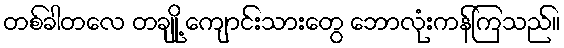
တစ်ခါတလေ တချို့ ကျောင်းသားတွေ ဘောလုံးကန်ကြသည်။